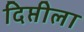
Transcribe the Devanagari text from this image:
दिप्तीला